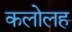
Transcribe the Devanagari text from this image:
कलोलह